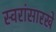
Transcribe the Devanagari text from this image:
स्वरांसारखे